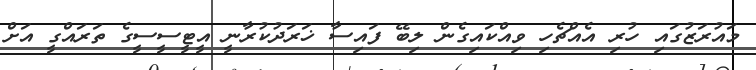
މައުރަޒުގައި ހުރި އެއްޗެހި ވިއްކައިގެން ލިބޭ ފައިސާ ޚަރަދުކުރާނީ އީޓީސީސީގެ ތަރައްގީ އަށް